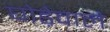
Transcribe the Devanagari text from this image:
घोड़ेवाले